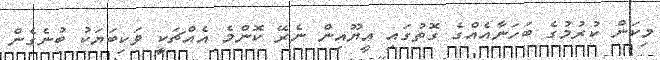
މިކަން ކުރުމުގެ ބަހަނާއެއްގެ ގޮތުގައި އީޔޫއިން ނެރޭ ކޮންމެ އެއްޗަކީ ވަކިބަޔަކު ބުނެގެން